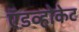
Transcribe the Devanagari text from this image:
ऍडव्होकेट